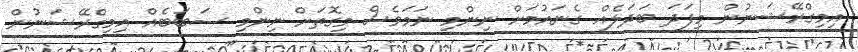
އިމިގްރޭޝަނުން މިފަދަ ބަދަލެއް ގެނައުމަށް ނިންމި ނަމަވެސް މިގޮތަށް ނިންމި ސަބަބެއް އިމިގްރޭޝަނުން